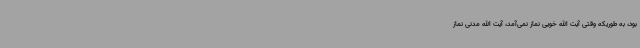
بود، به طوریکه وقتی آیت الله خویی نماز نمی‌آمد، آیت الله مدنی نماز